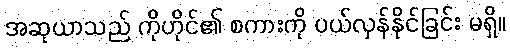
အဆုယာသည် ကိုဟိုင်၏ စကားကို ပယ်လှန်နိုင်ခြင်း မရှိ။